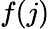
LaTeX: f(j)